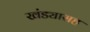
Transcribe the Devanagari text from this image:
खंड्यासह